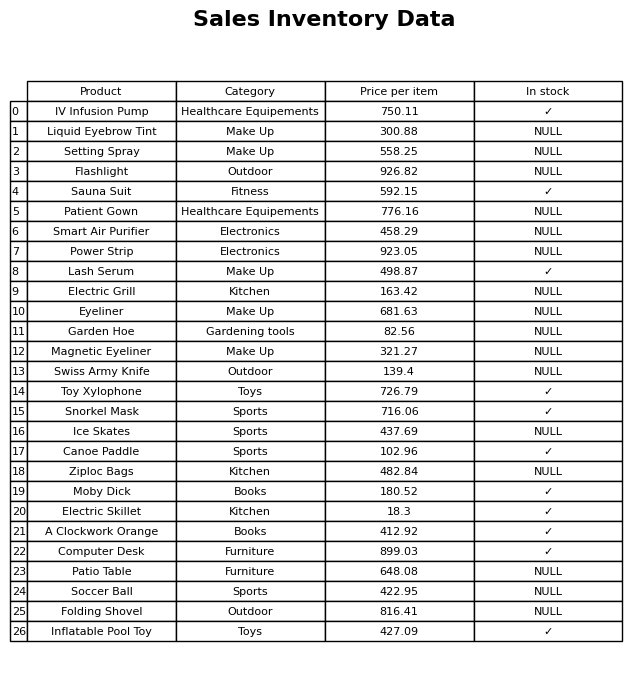
question: What is the price for Snorkel Mask?
answer: The price of Snorkel Mask is 716.06.